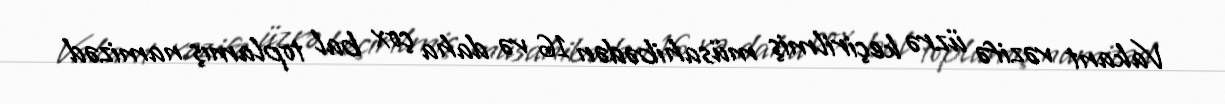
Vakant vəzifə üzrə keçirilmiş müsahibədən 16 və daha çox bal toplamış namizəd